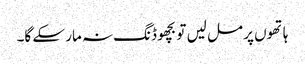
ہاتھوں پر مل لیں تو بچھو ڈنگ نہ مار سکے گا۔